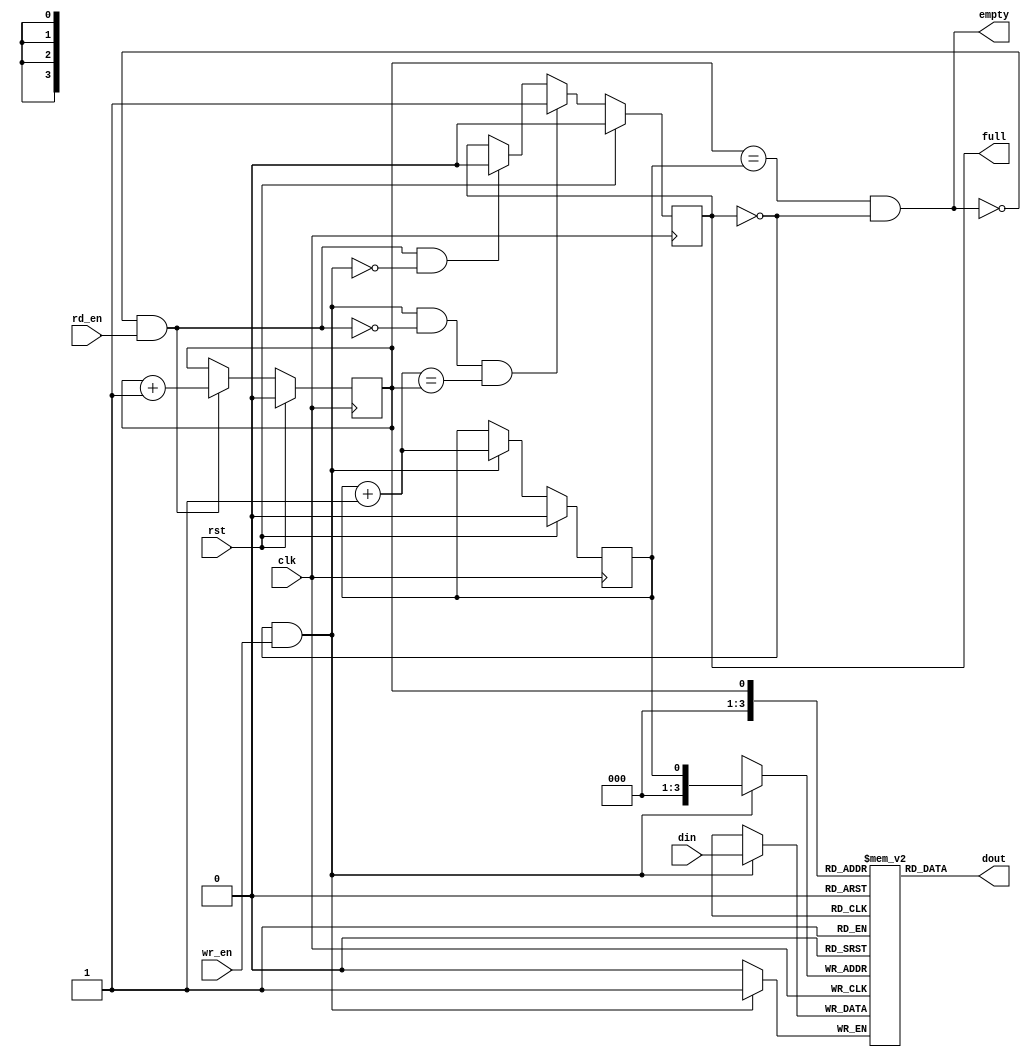
module fifo_sync
  (
   clk,
   rst,
   din,
   wr_en,
   dout,
   rd_en,
   empty,
   full
   );

   parameter            D_WIDTH = 1;
   parameter            A_WIDTH = 1;   
   parameter            DEPTH   = 16;
   
   input                clk;
   input                rst;
   input [D_WIDTH-1:0]  din;
   input                wr_en;
   output [D_WIDTH-1:0] dout;
   input                rd_en;
   output               empty;
   output               full;

   ////////////////////
   // Implementation //
   ////////////////////

   // change attribute to block or distributed   
   // synthesis attribute ram_style of mem is auto
   reg [D_WIDTH-1:0] mem [DEPTH-1:0];

   reg               full_state;
   
   reg [A_WIDTH-1:0] head, tail;

   wire              push, pop;
   wire              full_test, empty_test;

   // Full and empty signals
   assign            empty = empty_test & ~full_state;
   assign            full = full_state;
   
   // Push and pop signals
   assign            push = ~full & wr_en;
   assign            pop = ~empty & rd_en;

   // Full and empty test signals
   assign            empty_test = (head == tail);
   assign            full_test = ((tail + 1'b1) == head);

   // Read output
   assign            dout = mem[head];

   always @( posedge clk )
     begin
        if (push)
          mem[tail] <= din;
     end

   always @( posedge clk )
     begin
        if (rst)
          full_state <= 1'b0;
        else if (push & ~pop & full_test)
          full_state <= 1'b1;
        else if (pop & ~push)
          full_state <= 1'b0;
     end
   
   always @( posedge clk )
     begin
        if (rst)
          tail <= {A_WIDTH{1'b0}};
        else if (push)
          tail <= tail + 1'b1;
     end

   always @( posedge clk )
     begin
        if (rst)
          head <= {A_WIDTH{1'b0}};
        else if (pop)
          head <= head + 1'b1;
     end

endmodule